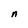
Character: n